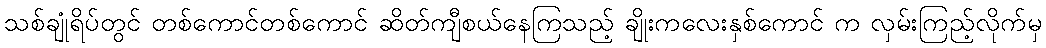
သစ်ချုံရိပ်တွင် တစ်ကောင်တစ်ကောင် ဆိတ်ကျီစယ်နေကြသည့် ချိုးကလေးနှစ်ကောင် က လှမ်းကြည့်လိုက်မှ